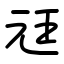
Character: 㒬